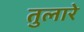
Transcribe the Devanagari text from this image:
तुलारे